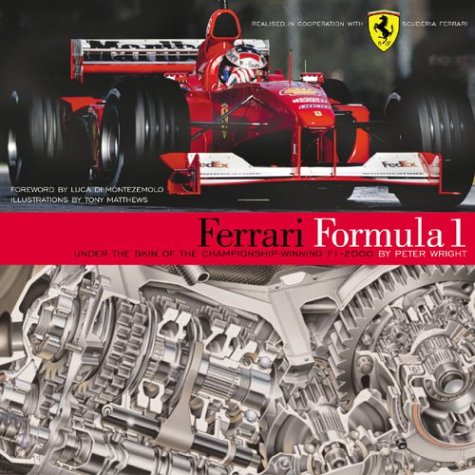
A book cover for Ferrari Formula 1: Under the Skin of the Championship-Winning F1-2000 (R-356); Peter G. Wright; Engineering & Transportation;